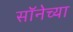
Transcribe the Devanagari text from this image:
सॉनेच्या